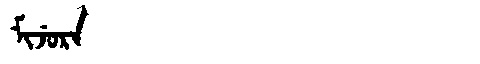
Manchu: ᠮᡳᠵᡠᡵᠠ
Romanization: MIJURA